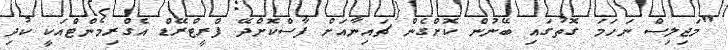
"މަޖިލިސް ނަހަމަ ގޮތުގައި ބޭނުން ކޮށްގެން ޗައިނާއަށް ފާސްކޮށްދޭ ފްރީޓްރޭޑް އެގްރިމެންޓްއަކީ ކުދި